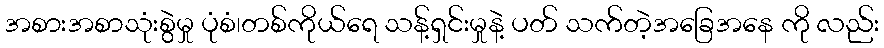
အစားအစာသုံးစွဲမှု ပုံစံ၊တစ်ကိုယ်ရေ သန့်ရှင်းမှုနဲ့ ပတ် သက်တဲ့အခြေအနေ ကို လည်း